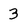
Character: 3